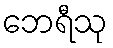
ဘေရီသု